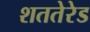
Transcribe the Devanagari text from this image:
शततेरेड